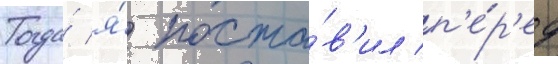
Тогда́ я́ поста́в'ил п'е́р'ед